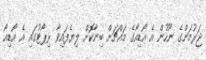
ޖަރުމަންގެ ނޫހުން އެ އޯޑިއޯގެ މައްޗަށް ބިނާކޮށް ލިޔެފައިވާ ރިޕޯޓުގައި އެ އޯޑިއޯ